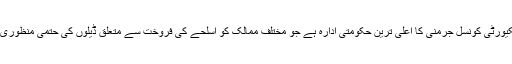
فیڈرل سکیورٹی کونسل جرمنی کا اعلی ترین حکومتی ادارہ ہے جو مختلف ممالک کو اسلحے کی فروخت سے متعلق ڈیلوں کی حتمی منظوری دیتا ہے۔